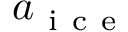
a _ { \mathrm { ~ i ~ c ~ e ~ } }